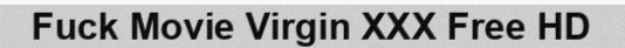
Fuck Movie Virgin XXX Free HD